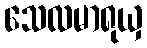
သေလမာရုယှ